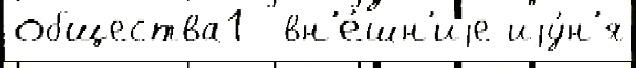
общества1  вн'е́шн'иjе иjу́н'я